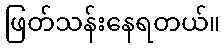
ဖြတ်သန်းနေရတယ်။